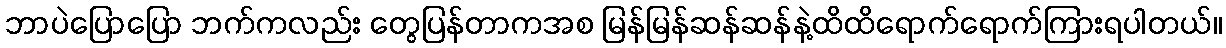
ဘာပဲပြောပြော ဘက်ကလည်း တွေပြန်တာကအစ မြန်မြန်ဆန်ဆန်နဲ့ထိထိရောက်ရောက်ကြားရပါတယ်။